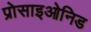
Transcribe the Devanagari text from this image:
प्रोसाइओनिड